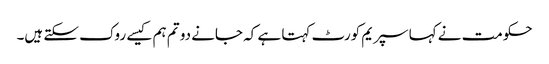
حکومت نے کہا سپریم کورٹ کہتا ہے کہ جانے دو تم ہم کیسے روک سکتے ہیں۔